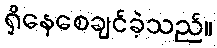
ရှိနေစေချင်ခဲ့သည်။